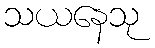
သယနေသု